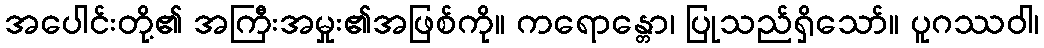
အပေါင်းတို့၏ အကြီးအမှုး၏အဖြစ်ကို။ ကရောန္တော၊ ပြုသည်ရှိသော်။ ပူဂဿဝါ၊